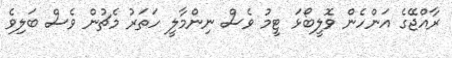
ރާއްޖޭގެ އަންހެން ވޮލީބޯޅަ ޓީމު ވެސް ނިންމާލީ ހަތަރު މެޗުން ވެސް ބަލިވެ